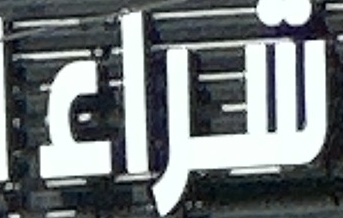
شراء